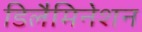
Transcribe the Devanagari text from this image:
डिलैमिनेशन